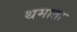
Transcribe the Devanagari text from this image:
थमाता